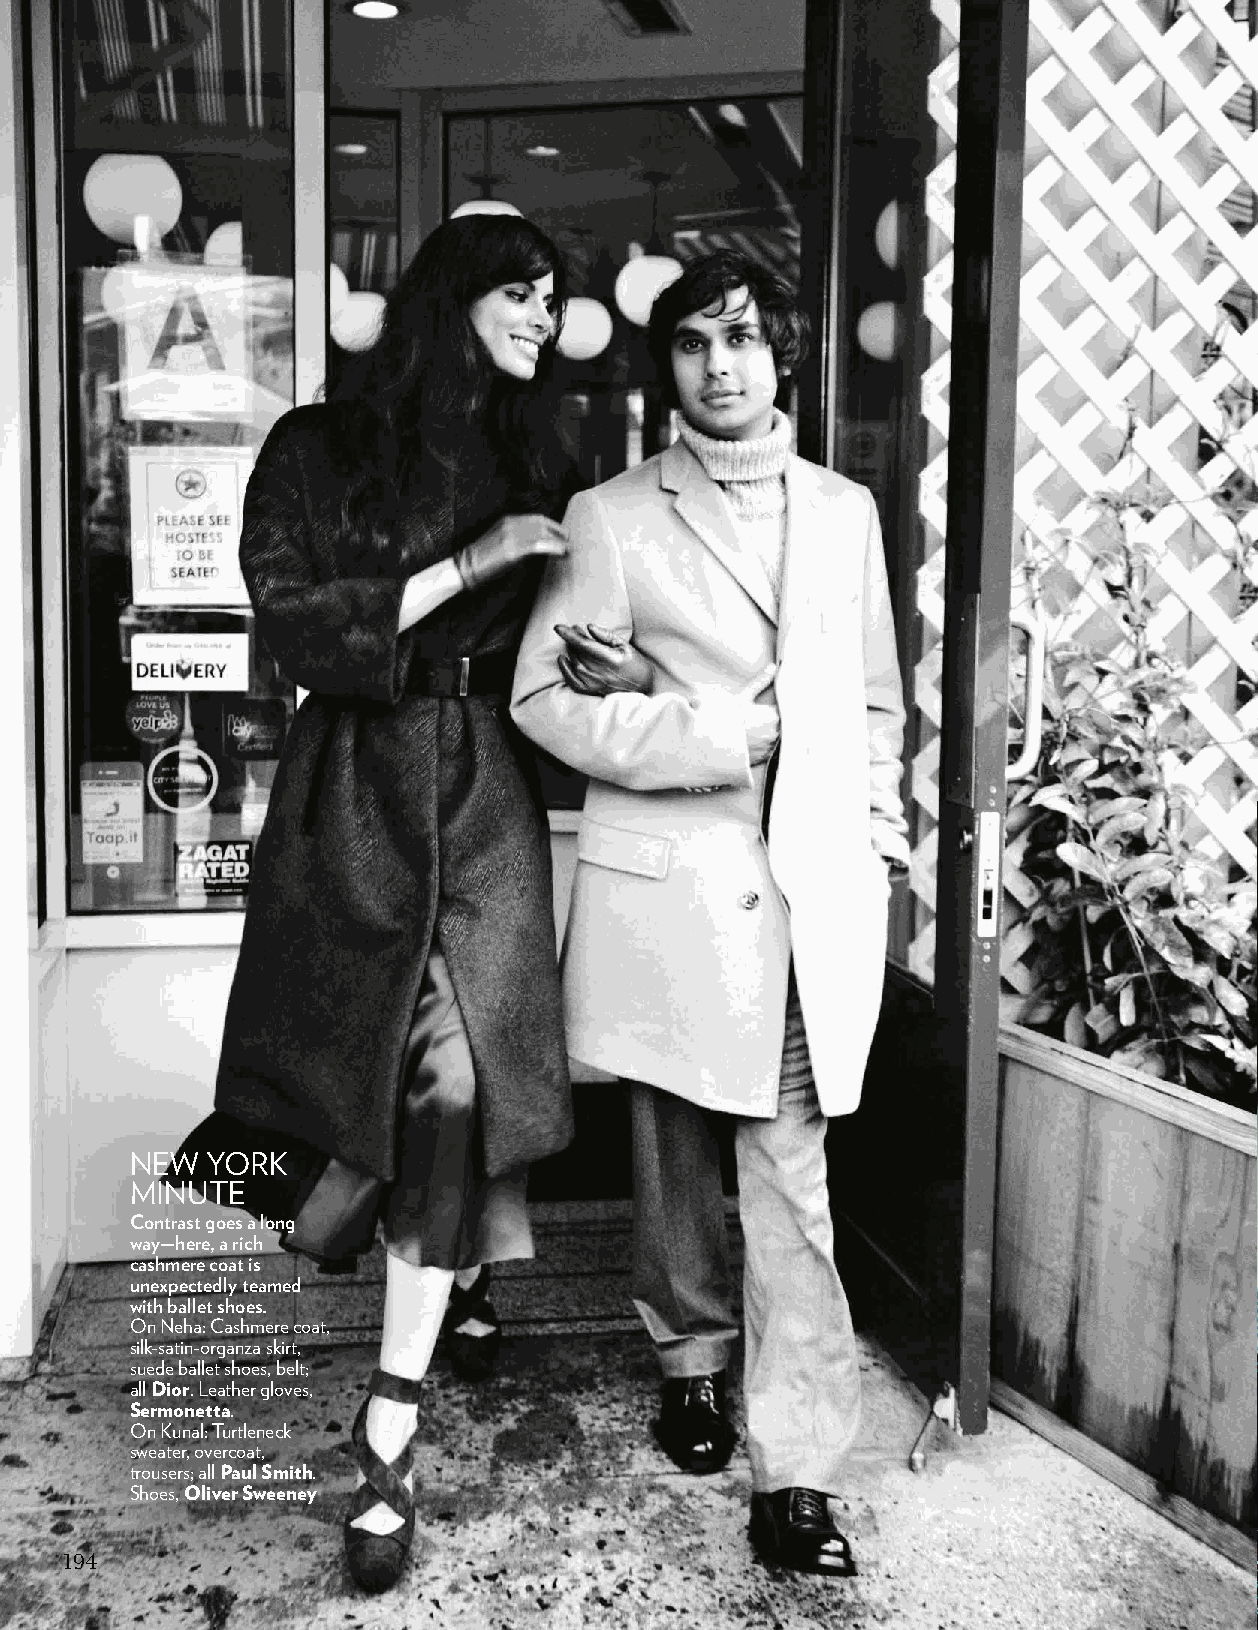
NEW  YORK
 MINUTE
 Contrast goes a long
 way—here, a rich
 cashmere coat is
 unexpectedly teamed
 with ballet shoes.
 On Neha: Cashmere coat,
 silk-satin-organza skirt,
 suede ballet shoes, belt;
 all Dior. Leather gloves,
 Sermonetta.
 On Kunal: Turtleneck
 sweater, overcoat,
 trousers; all Paul Smith.
 Shoes, Oliver Sweeney
 194